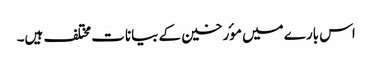
اس بارے میں موٴرخین کے بیانات مختلف ہیں۔